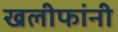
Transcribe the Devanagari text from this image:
खलीफांनी